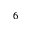
_ 6